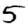
Digit: 5